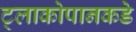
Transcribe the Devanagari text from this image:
ट्लाकोपानकडे